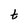
Character: t